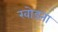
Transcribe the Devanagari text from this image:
खोडना